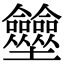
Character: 𡔗